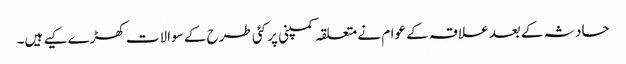
حادثہ کے بعد علاقہ کے عوام نے متعلقہ کمپنی پر کئی طرح کے سوالات کھڑے کیے ہیں۔